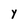
Character: Y